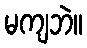
မကျဘဲ။